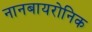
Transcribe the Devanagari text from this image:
नानबायरोनिक